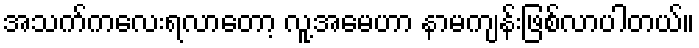
အသက်ကလေးရလာတော့ လူ့အမေဟာ နာမကျန်းဖြစ်လာပါတယ်။